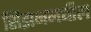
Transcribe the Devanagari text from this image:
सिझनमधील